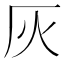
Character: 灰